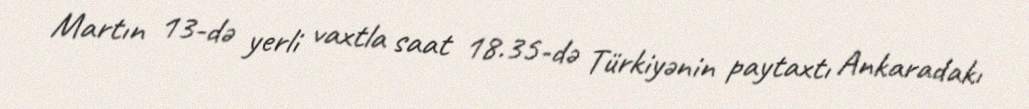
Martın 13-də yerli vaxtla saat 18.35-də Türkiyənin paytaxtı Ankaradakı